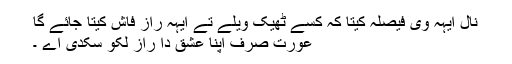
نال ایہہ وی فیصلہ کیتا کہ کسے ٹھیک ویلے تے ایہہ راز فاش کیتا جائے گا
عورت صرف اپنا عشق دا راز لکو سکدی اے ۔